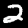
Label: 2